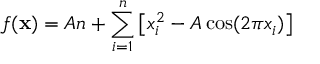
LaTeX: f ( \mathbf { x } ) = A n + \sum _ { i = 1 } ^ { n } \left[ x _ { i } ^ { 2 } - A \cos ( 2 \pi x _ { i } ) \right]